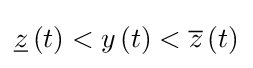
{\underline {z}}\left(t\right)<y\left(t\right)<{\overline {z}}\left(t\right)